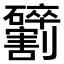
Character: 𫦢